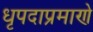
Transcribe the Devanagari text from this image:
धृपदाप्रमाणे